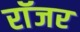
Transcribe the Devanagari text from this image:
राॅजर